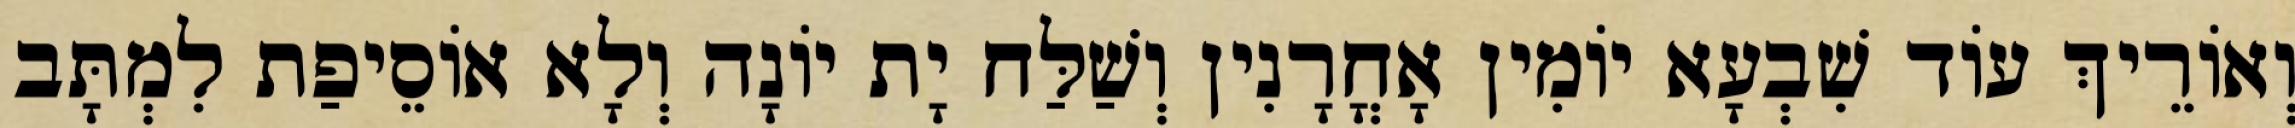
וְאוֹרֵיךְ עוֹד שִׁבְעָא יוֹמִין אָחֳרָנִין וְשַׁלַּח יָת יוֹנָה וְלָא אוֹסֵיפַת לִמְתָּב